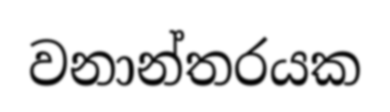
වනාන්තරයක